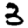
Digit: 3